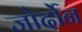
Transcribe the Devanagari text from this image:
जोर्दोन